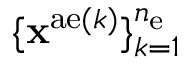
\{ { \bf x } ^ { \mathrm { a e } ( k ) } \} _ { k = 1 } ^ { n _ { \mathrm { e } } }